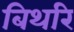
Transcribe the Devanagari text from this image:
बिथरि